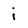
Character: i